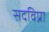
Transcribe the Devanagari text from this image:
सदविप्रा